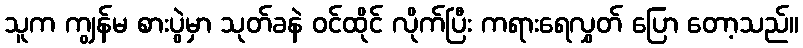
သူက ကျွန်မ စားပွဲမှာ သုတ်ခနဲ ဝင်ထိုင် လိုက်ပြီး ကရားရေလွှတ် ပြော တော့သည်။